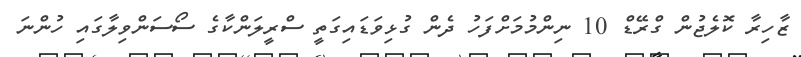
ޒާހިރާ ކޮލެޖުން ގްރޭޑް 10 ނިންމުމަށްފަހު ދެން ގުޅިވަޑައިގަތީ ސްރީލަންކާގެ ސޯސަންވިލާގައި ހުންނަ